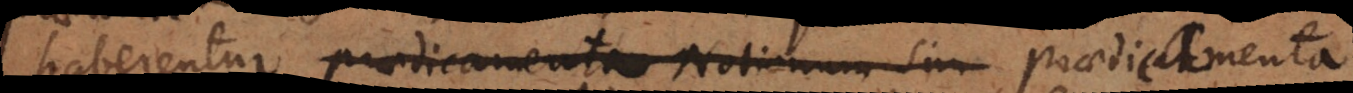
haberentur praedicamenta Notionum sim praedicamenta